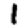
Digit: 1